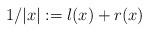
LaTeX: \begin{align*} 1/|x| := l(x) + r(x) \end{align*}